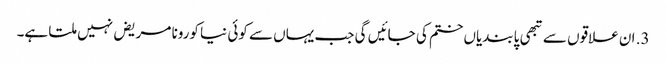
3. ان علاقوں سے تبھی پابندیاں ختم کی جائیں گی جب یہاں سے کوئی نیا کورونا مریض نہیں ملتا ہے۔